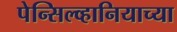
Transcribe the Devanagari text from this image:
पेन्सिल्व्हानियाच्या